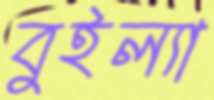
বুইল্যা